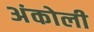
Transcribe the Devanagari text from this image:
अंकोली